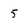
Character: 5